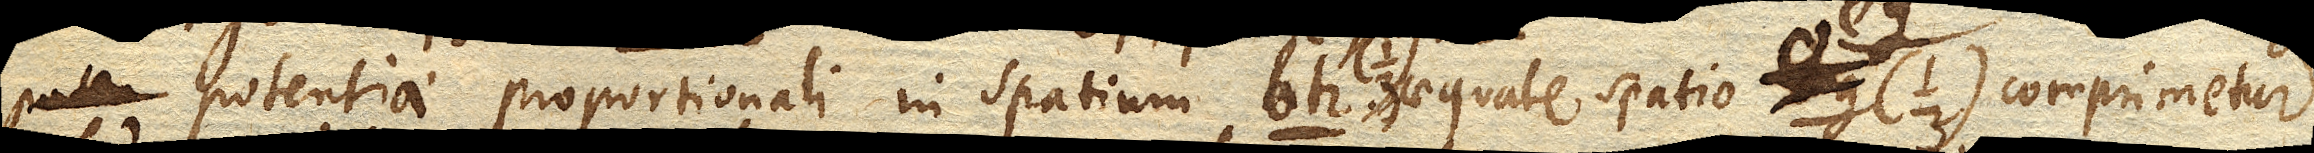
potentiae proportionali in spatium bh. aequale spatio eg. comprimetur.